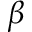
\beta